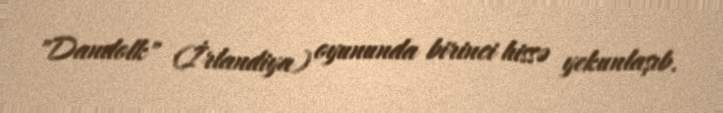
"Dandolk" (İrlandiya) oyununda birinci hissə yekunlaşıb.